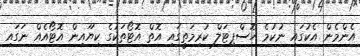
އެންމެން އެކުގައި ނުކުމެ ހޮސްޕިޓަލް ކުރިމަތީގައި އޮތް އޮޓޯތަކުގެ ކިޔޫއިން އޮޓޯއެއް ނަގައި